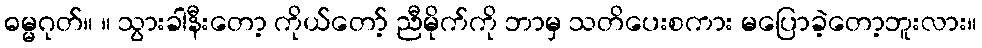
ဓမ္မဂုတ်။ ။ သွားခါနီးတော့ ကိုယ်တော့် ညီမိုက်ကို ဘာမှ သတိပေးစကား မပြောခဲ့တော့ဘူးလား။